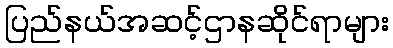
ပြည်နယ်အဆင့်ဌာနဆိုင်ရာများ